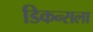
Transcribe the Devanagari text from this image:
डिकन्सला